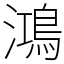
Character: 鴻